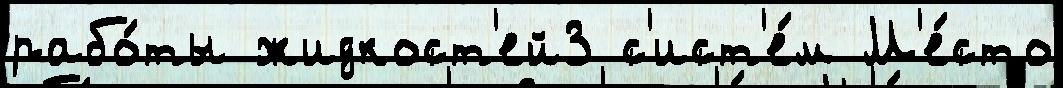
рабо́ты жидкост'ей3 с'ист'е́м М'е́сто